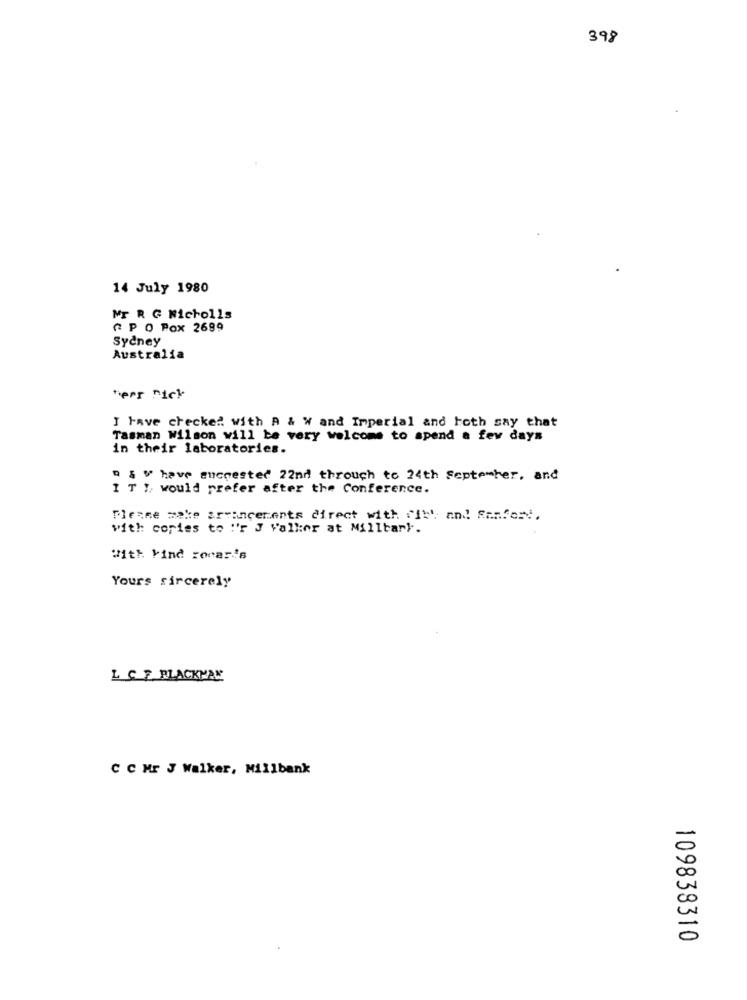
398
14 July 1980
Mr R G Nicholls
7 P O Pox 2699
Sydney
Australia
herr nick
I have checked with A & W and Imperial and toth say that
Tasman Wilson will be very welcome to spend a few days
in their laboratories.
9 & V have succested 22nd throuch to 24th September, and
1 T I would prefer after the Conference.
Please make arrangements direct with fit'. and Sanford.
with copies to "'r J Valker at Millbary.
With Find rovar's
Yours sincerely
L C. F. BLACKMAN
C C Mr J Walker, Millbank
109838310